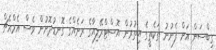
ގިބްސަން އަށް ފެނުނު ތަކެތީގެ އިތުރުން އޮސްޓްރޭލިއާގެ ރަށެއްގެ ގޮނޑުދޮށުން ވެސް އެމްއެޗް